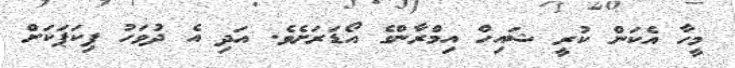
މީހާ އެކަން ކުރީ ޝައިހް އިމްރާންގެ އޯޑަރަށެވެ. އަދި އެ ދުވަހު ޕިކަޕަކަށް